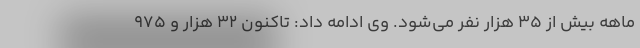
ماهه بیش از ۳۵ هزار نفر می‌شود. وی ادامه داد: تاکنون ۳۲ هزار و ۹۷۵